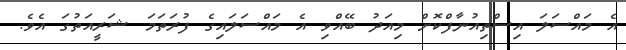
އެ މައްސަލަ އިސްތިއުނާފްކޮށް މިއަދު ބޭއްވި އެ މައްސަލައިގެ ފުރަތަމަ ޝަރީއަތުގަ އެވެ.